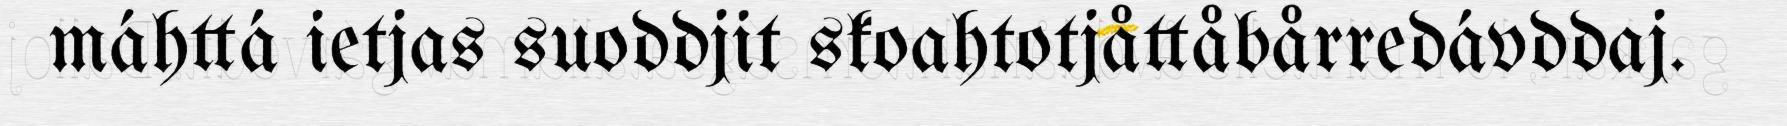
máhttá ietjas suoddjit skoahtotjåttåbårredávddaj.